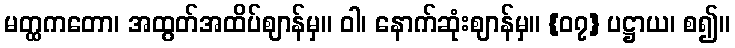
မတ္ထကတော၊ အထွတ်အထိပ်ဈာန်မှ။ ဝါ၊ နောက်ဆုံးဈာန်မှ။ {၀၇} ပဋ္ဌာယ၊ စ၍။